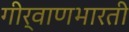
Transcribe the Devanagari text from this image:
गीर्वाणभारती